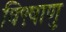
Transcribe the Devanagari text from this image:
वि९षाणु